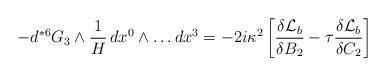
LaTeX: \begin{align*}- d {}^{*6} G_3 \wedge \frac{1}{H} \,dx^0 \wedge \dots dx^3 = - 2i\kappa^2 \left[ \frac{\delta {\cal{L}}_b}{\delta B_2} - \tau\frac{\delta {\cal{L}}_b}{\delta C_2} \right]\end{align*}